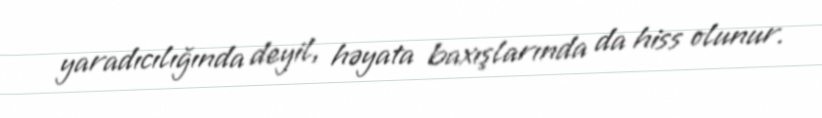
yaradıcılığında deyil, həyata baxışlarında da hiss olunur.